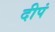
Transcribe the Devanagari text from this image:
दीपं